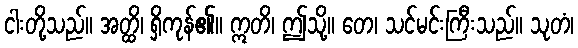
ငါးတို့သည်။ အတ္ထိ၊ ရှိကုန်၏။ ဣတိ၊ ဤသို့။ တေ၊ သင်မင်းကြီးသည်။ သုတံ၊